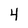
Character: 4